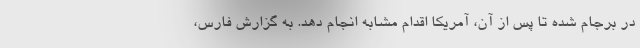
در برجام شده تا پس از آن، آمریکا اقدام مشابه انجام دهد. به گزارش فارس،